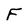
Character: F